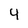
Character: 4